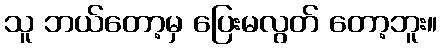
သူ ဘယ်တော့မှ ပြေးမလွတ် တော့ဘူး။